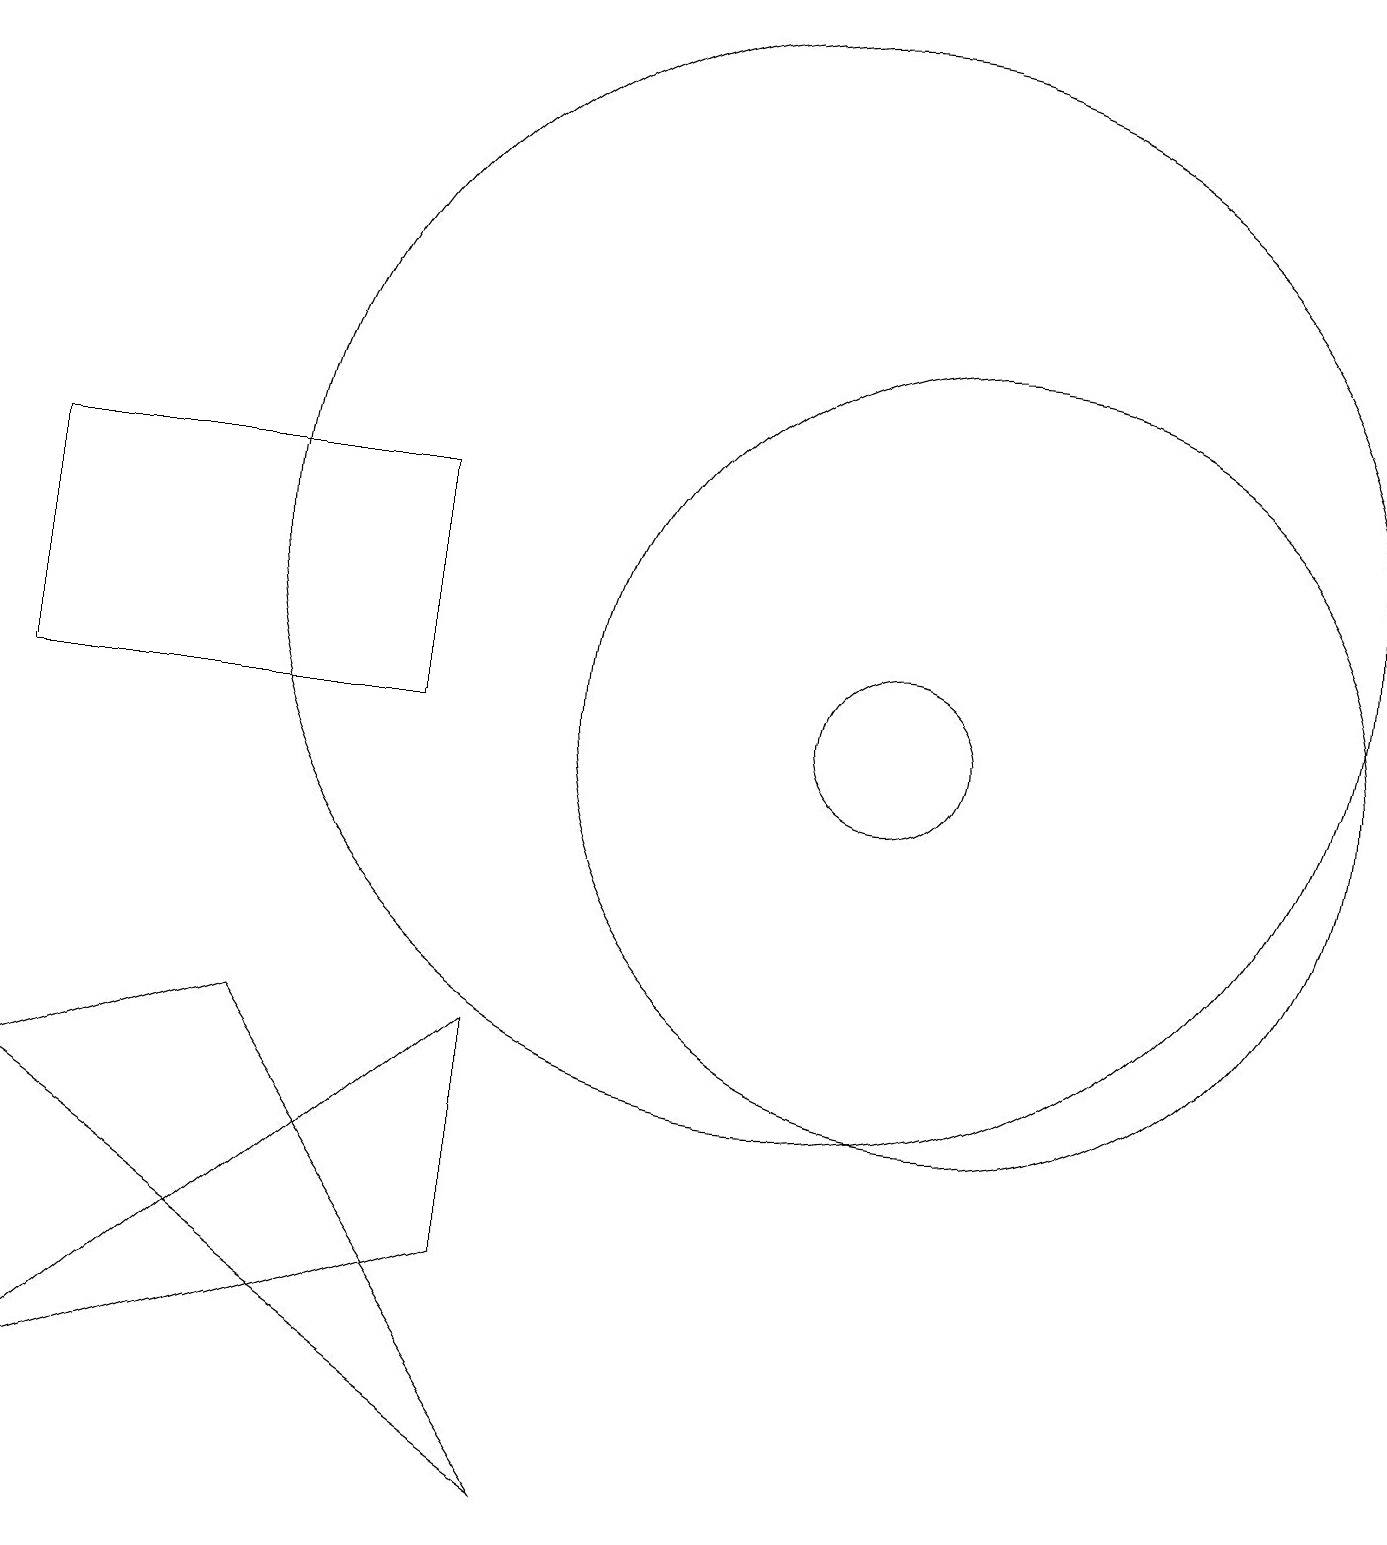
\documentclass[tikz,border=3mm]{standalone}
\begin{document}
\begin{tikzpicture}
\draw (12,10) circle (5);
\draw (10,12) circle (0);
\draw (6,3) -- (0,1) -- (6,6) -- cycle;
\draw (0,5) -- (3,6) -- (7,0) -- cycle;
\draw (11,10) circle (1);
\draw (0,10) rectangle (5,13);
\draw (10,12) circle (7);
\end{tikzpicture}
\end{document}